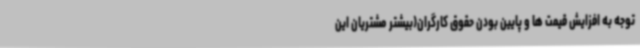
توجه به افزایش‌ قیمت ها و پایین بودن حقوق کارگران(بیشتر مشتریان این